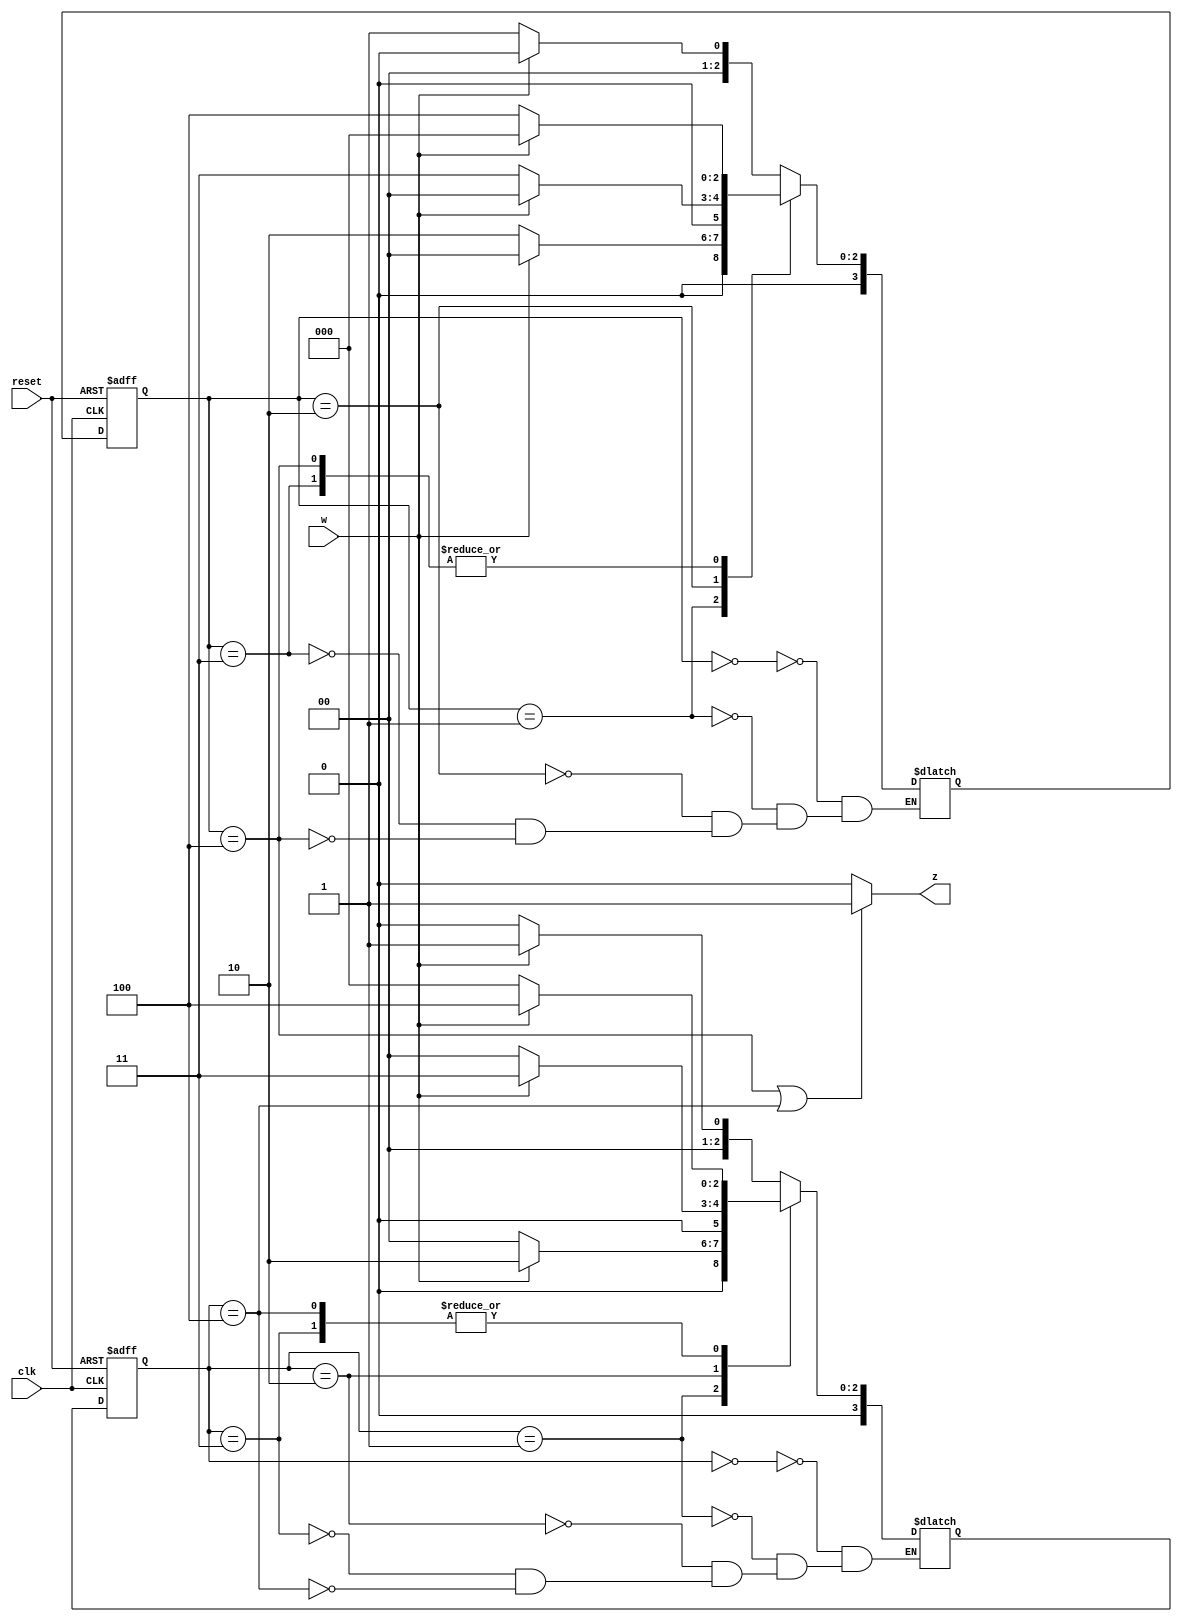
module detector_with_shift_reg(
	input clk,reset,w,
	output reg z);
	
	reg [3:0] zero_state,one_state;
	reg [3:0] zero_next,one_next;
	
	localparam [3:0]
	A = 0,
	B = 1,
	C = 2,
	D = 3,
	E = 4;
	
	always@(*)
	begin
		case(zero_state)
			A:
				if(w) zero_next = A;
				else zero_next = B;
			B:
				if(w) zero_next = A;
				else zero_next = C;
			C:
				if(w) zero_next = A;
				else zero_next = D;
			D:
				if(w) zero_next = A;
				else zero_next = E;
			E:
				if(w) zero_next = A;
				else zero_next = E;
		endcase
		
		case(one_state)
			A:
				if(w) one_next = B;
				else one_next = A;
			B:
				if(w) one_next = C;
				else one_next = A;
			C:
				if(w) one_next = D;
				else one_next = A;
			D:
				if(w) one_next = E;
				else one_next = A;
			E:
				if(w) one_next = E;
				else one_next = A;
				
		endcase
	end
	
	always @(posedge clk,negedge reset)
		if(~reset)	begin
			zero_state <= A;
			one_state <= A;
		end
		else begin
			zero_state<=zero_next;
			one_state<=one_next;
		end
		
	always @(*)
		if(zero_state==E||one_state==E) z=1;
		else z=0;
	
endmodule